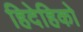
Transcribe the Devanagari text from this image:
हिदेहिको